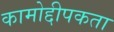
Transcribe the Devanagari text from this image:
कामोद्दीपकता